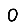
Digit: 0